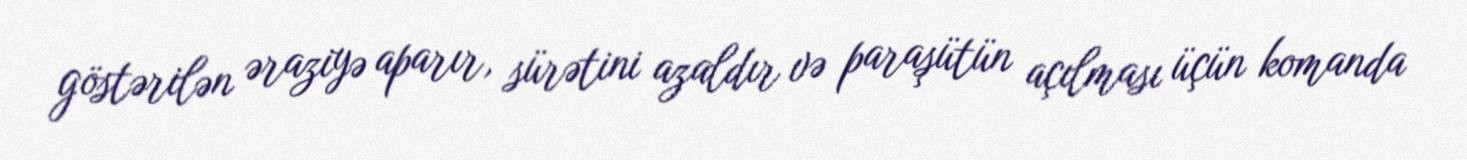
göstərilən əraziyə aparır, sürətini azaldır və paraşütün açılması üçün komanda